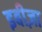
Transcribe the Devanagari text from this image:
इबीज़ा